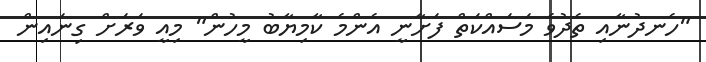
"ހެނދުނާއި ތެދުވެ މަސައްކަތް ފަށާނީ އެންމެ ކާމިޔާބު މީހުން" މިއީ ވަރަށް ގިނައިން